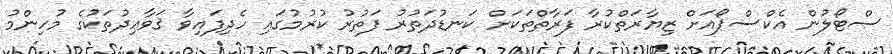
ސްޓޯލުން އެކްސްޕޯއަށް ޒިޔާރަތްކުރާ ފަރާތްތަކަށް ކަނޑުދަތުރު ފަތުރު ކުރުމުގައި ހެދިފައިވާ ޤަވާޢިދުތަކުގެ މުހިންމު